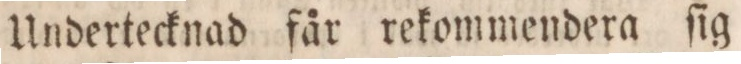
Undertecknad får rekommendera ſig